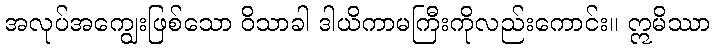
အလုပ်အကျွေးဖြစ်သော ဝိသာခါ ဒါယိကာမကြီးကိုလည်းကောင်း။ ဣမိဿာ